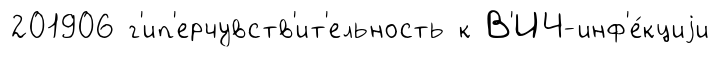
201906 г'ип'ерчувств'ит'ельность к В'ИЧ-инф'е́кциjи